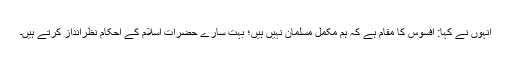
انہوں نے کہا: افسوس کا مقام ہے کہ ہم مکمل مسلمان نہیں ہیں؛ بہت سارے حضرات اسلام کے احکام نظرانداز کرتے ہیں۔